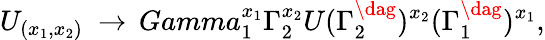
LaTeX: U_{(x_{1},x_{2})}\ \rightarrow\, Gamma_{1}^{x_{1}}\Gamma_{2}^{x_{2}}U(\Gamma_{2}^{\dag})^{x_{2}}(\Gamma_{1}^{\dag})^{x_{1}},